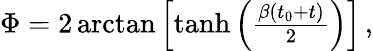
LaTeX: \begin{array}{r}{\Phi=2\arctan\left[\operatorname{tanh}\left(\frac{\beta(t_{0}+t)}{2}\right)\right]\mathrm{\, ,}}\end{array}